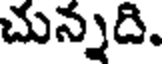
చున్నది.